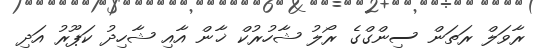
ރާވަލް ރަތަން ސިންގްގެ ރޯލު ޝާހުރުކް ޚާން އާއި ޝާހިދު ކަޕޫރު އަދި